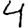
Digit: 4